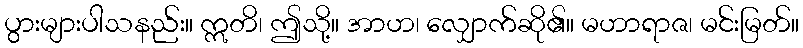
ပွားများပါသနည်း။ ဣတိ၊ ဤသို့။ အာဟ၊ လျှောက်ဆို၏။ မဟာရာဇ၊ မင်းမြတ်။